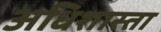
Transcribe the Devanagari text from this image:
अधिशास्ता